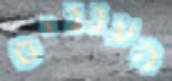
העננים